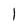
Character: l